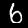
Digit: 6